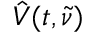
\hat { V } ( t , \tilde { \nu } )